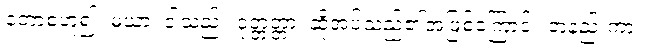
တောစဟူ၍။ မယာ၊ ငါသည်။ ဝုတ္တတ္တာ၊ ဆိုအပ်သည်၏အဖြစ်ကြောင့်။ တနည်းကား။